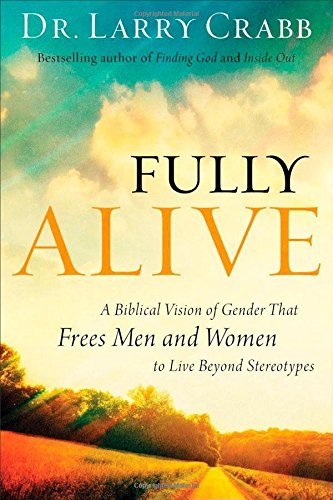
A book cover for Fully Alive: A Biblical Vision of Gender That Frees Men and Women to Live Beyond Stereotypes; Dr. Larry Crabb; Christian Books & Bibles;